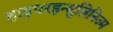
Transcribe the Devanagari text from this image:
हाइपरइन्सुलिनिज्म